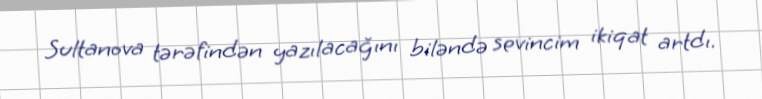
Sultanova tərəfindən yazılacağını biləndə sevincim ikiqat artdı.